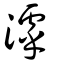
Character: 滹